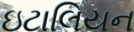
ઇટાલિયન